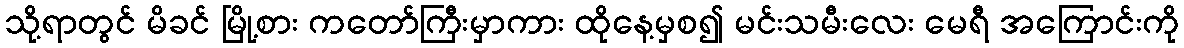
သို့ရာတွင် မိခင် မြို့စား ကတော်ကြီးမှာကား ထိုနေ့မှစ၍ မင်းသမီးလေး မေရီ အကြောင်းကို